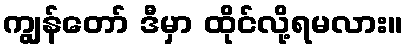
ကျွန်တော် ဒီမှာ ထိုင်လို့ရမလား။